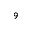
^ { 9 }